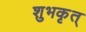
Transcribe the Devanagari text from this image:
शुभकृत्